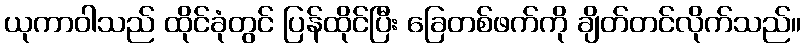
ယုကာဝါသည် ထိုင်ခုံတွင် ပြန်ထိုင်ပြီး ခြေတစ်ဖက်ကို ချိတ်တင်လိုက်သည်။